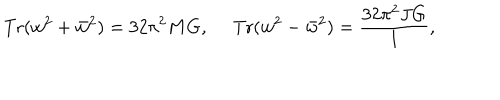
\mathrm { T r } ( w ^ { 2 } + \bar { w } ^ { 2 } ) = 3 2 \pi ^ { 2 } M G , \ \mathrm { T r } ( w ^ { 2 } - \bar { w } ^ { 2 } ) = { \frac { 3 2 \pi ^ { 2 } J G } { l } } ,